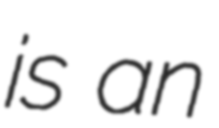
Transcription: is an